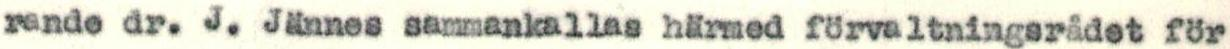
rande dr. J. Jännes sammankallas härmed förvaltningsrådet för